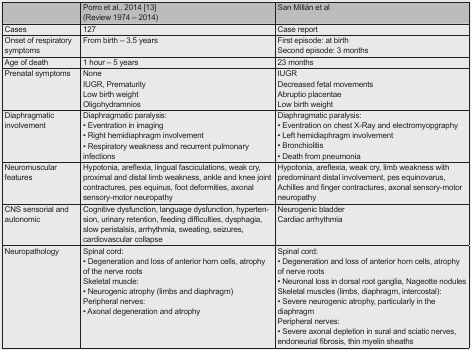
|  | Porro et al., 2014 [13] (Review 1974 – 2014) | San Millán et al |
 | --- | --- | --- |
 | Cases | 127 | Case report |
 | Onset of respiratory symptoms | From birth – 3.5 years | First episode: at birth Second episode: 3 months |
 | Age of death | 1 hour – 5 years | 23 months |
 | Prenatal symptoms | None IUGR, Prematurity Low birth weight Oligohydramnios | IUGR Decreased fetal movements Abruptio placentae Low birth weight |
 | Diaphragmatic involvement | Diaphragmatic paralysis: • Eventration in imaging • Right hemidiaphragm involvement • Respiratory weakness and recurrent pulmonary infections | Diaphragmatic paralysis: • Eventration on chest X-Ray and electromyopgraphy • Left hemidiaphragm involvement • Bronchiolitis • Death from pneumonia |
 | Neuromuscular features | Hypotonia, areflexia, lingual fasciculations, weak cry, proximal and distal limb weakness, ankle and knee joint contractures, pes equinus, foot deformities, axonal sensory-motor neuropathy | Hypotonia, areflexia, weak cry, limb weakness with predominant distal involvement, pes equinovarus, Achilles and finger contractures, axonal sensory-motor neuropathy |
 | CNS sensorial and autonomic | Cognitive dysfunction, language dysfunction, hypertension, urinary retention, feeding difficulties, dysphagia, slow peristalsis, arrhythmia, sweating, seizures, cardiovascular collapse | Neurogenic bladder Cardiac arrhythmia |
 | Neuropathology | Spinal cord: • Degeneration and loss of anterior horn cells, atrophy of the nerve roots Skeletal muscle: • Neurogenic atrophy (limbs and diaphragm) Peripheral nerves: • Axonal degeneration and atrophy | Spinal cord: • Degeneration and loss of anterior horn cells, atrophy of nerve roots • Neuronal loss in dorsal root ganglia, Nageotte nodules Skeletal muscles (limbs, diaphragm, intercostal): • Severe neurogenic atrophy, particularly in the diaphragm Peripheral nerves: • Severe axonal depletion in sural and sciatic nerves, endoneurial fibrosis, thin myelin sheaths |